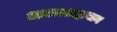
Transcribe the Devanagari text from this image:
आत्मश्रद्धावान